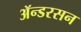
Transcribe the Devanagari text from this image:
ॲन्डरसन